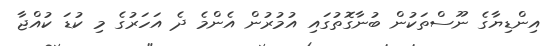
އިންޑިޔާގެ ނޫސްތަކުން ބުނާގޮތުގައި އުމުރުން އެންމެ ދެ އަހަރުގެ މި ކުޑަ ކުއްޖާ